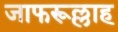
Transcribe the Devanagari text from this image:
जाफरूल्लाह